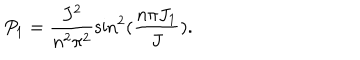
P _ { 1 } = \frac { J ^ { 2 } } { n ^ { 2 } \pi ^ { 2 } } \sin ^ { 2 } ( \frac { n \pi J _ { 1 } } { J } ) .